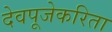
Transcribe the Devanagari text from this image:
देवपूजेकरिता